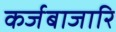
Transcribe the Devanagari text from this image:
कर्जबाजारि